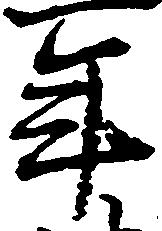
年